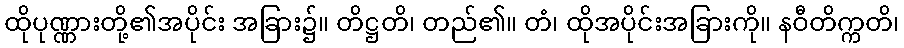
ထိုပုဏ္ဏားတို့၏အပိုင်း အခြား၌။ တိဋ္ဌတိ၊ တည်၏။ တံ၊ ထိုအပိုင်းအခြားကို။ နဝီတိက္ကတိ၊